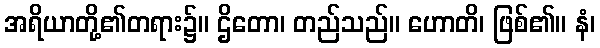
အရိယာတို့၏တရား၌။ ဌိတော၊ တည်သည်။ ဟောတိ၊ ဖြစ်၏။ နံ၊